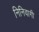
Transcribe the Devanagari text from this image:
निनिवागी